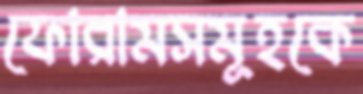
ফোরামসমূহকে